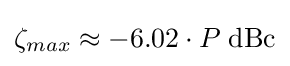
\zeta _{max}\approx -6.02\cdot P\;{\mbox{dBc}}